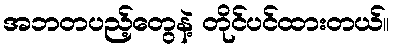
အဘတပည့်တွေနဲ့ တိုင်ပင်ထားတယ်။